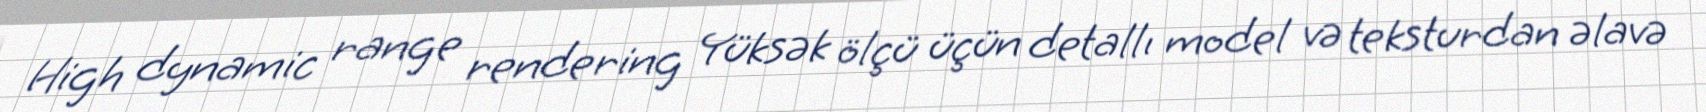
High dynamic range rendering Yüksək ölçü üçün detallı model və teksturdan əlavə